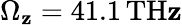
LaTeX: \Omega_{\mathbf{z}}=41.1\, \mathrm{{TH\mathbf{z}}}